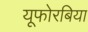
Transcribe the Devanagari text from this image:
यूफोरबिया